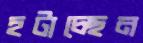
হটাচ্ছেন